Vaccination in Bombay 1924-1928 - 1924-1928
Year: 1924
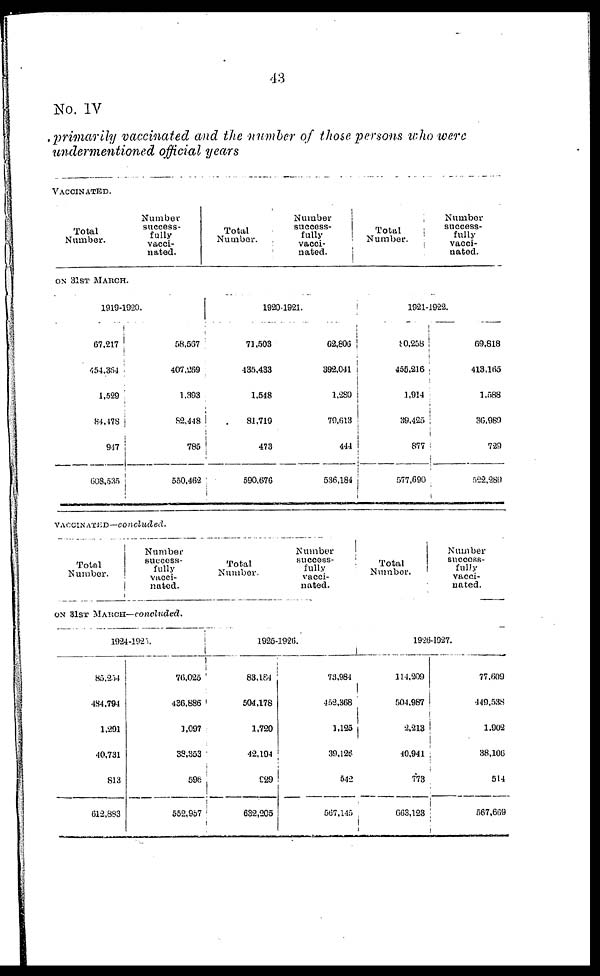
43
No. IV
primarily vaccinated and the number of those persons who were
undermentioned official years
VACCINATED.
Total
Number.
Number
success-
fully
vacci-
nated.
Total
Number.
Number
success-
fully
vacci-
nated.
Total
Number.
Number
success-
fully
vacci-
nated.
ON 31ST MARCH.
1919-1920.
67,217
454,384
1,529
84,478
917
608,535
58,567
407,269
1,393
82,448
785
550,462
1920-1921.
71,503
135,433
1,548
81,719
473
590,676
62,806
392,041
1,280
79,613
444
536,184
1921-1922.
80,258
455,216
1,914
39,425
877
577,690
69,818
413,165
1,588
36,989
729
522,289
VACCINATED—concluded.
Total
Number.
Number
success-
fully
vacci-
nated.
Total
Number.
Number
success-
fully
vacci-
nated.
Total
Number.
Number
success-
fully
vacci-
nated.
ON 31ST MARCH— concluded.
1924-1925.
85,254
484,794
1,291
40,731
813
612,883
76,025
436,886
1,097
38,353
596
552,957
1925-1926.
83,184
504,178
1,720
42,194
929
632,205
73,984
452,368
1,125
39,126
542
567,145
1926-1927.
114,209
504,987
2,213
40,941
773
663,123
77,609
449,538
1,902
38,106
514
567,669